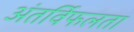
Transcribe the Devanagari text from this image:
अंतर्विफलता